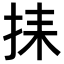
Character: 𢬗